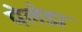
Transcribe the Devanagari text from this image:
पेलेडा